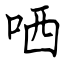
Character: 哂